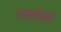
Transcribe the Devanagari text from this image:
ब्स्तीया